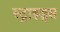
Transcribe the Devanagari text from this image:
स्ट्राइड्स